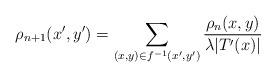
LaTeX: \begin{align*}\rho_{n+1}(x',y') = \sum_{(x,y)\in f^{-1}(x',y')} \frac{\rho_{n}(x,y)}{\lambda\vert T'(x)\vert}\end{align*}